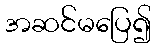
အဆင်မပြေ၍